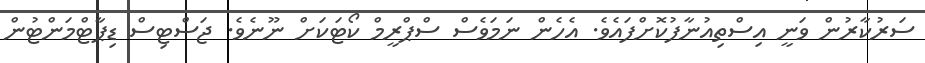
ސަރުކާރުން ވަނީ އިސްތިއުނާފުކޮށްފައެވެ. އެހެން ނަމަވެސް ސްޕްރީމް ކޯޓަކަށް ނޫނެވެ. ޖަސްޓިސް ޑިޕާޓްމަންޓުން